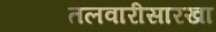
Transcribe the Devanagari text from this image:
तलवारीसारखा